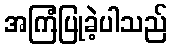
အကြံပြုခဲ့ပါသည်